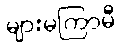
များမကြာမီ